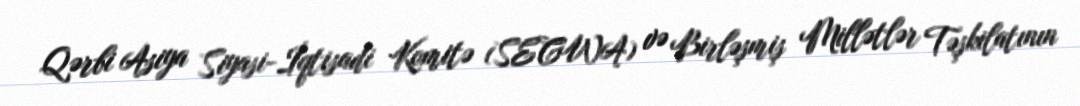
Qərbi Asiya Siyasi-İqtisadi Komitə (SECWA) və Birləşmiş Millətlər Təşkilatının